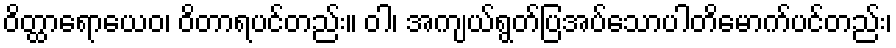
ဝိတ္ထာရောယေဝ၊ ဝိတာရပင်တည်း။ ဝါ၊ အကျယ်ရွတ်ပြအပ်သောပါတိမောက်ပင်တည်း၊